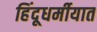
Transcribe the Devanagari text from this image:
हिंदूधर्मीयात